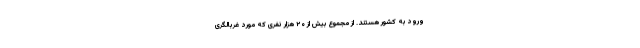
ورود به کشور هستند. از مجموع بیش از ۲۰ هزار نفری که مورد غربالگری